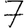
Digit: 7